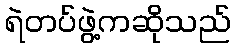
ရဲတပ်ဖွဲ့ကဆိုသည်